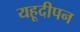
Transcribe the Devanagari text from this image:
यहूदीपन